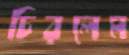
চিরলেম